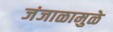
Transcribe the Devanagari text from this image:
जंजाळामुळे